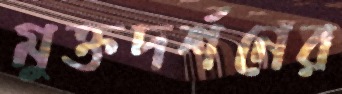
মুক্তদর্শনের